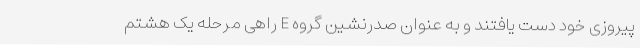
پیروزی خود دست یافتند و به عنوان صدرنشین گروه E راهی مرحله یک هشتم